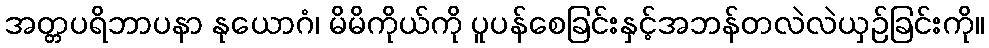
အတ္တပရိဘာပနာ နုယောဂံ၊ မိမိကိုယ်ကို ပူပန်စေခြင်းနှင့်အဘန်တလဲလဲယှဉ်ခြင်းကို။